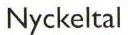
Nyckeltal